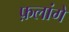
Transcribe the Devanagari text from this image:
फ़लांगे